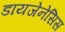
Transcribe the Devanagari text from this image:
डायजेनेसिस